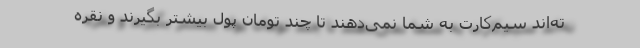
ته‌اند سیم‌کارت به شما نمی‌دهند تا چند تومان پول بیشتر بگیرند و نقره